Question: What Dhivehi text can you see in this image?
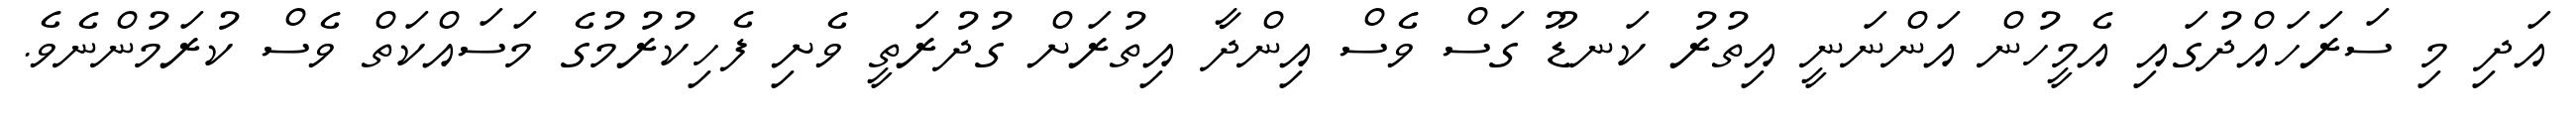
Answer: އަދި މި ސަރަހައްދުގައި އެމީހުން އަންނަނީ އިތުރު ކަނޑޫ ގަސް ވެސް އިންދާ އިތުރަށް ގުދުރަތީ ވެށި ފެހިކުރުމުގެ މަސައްކަތް ވެސް ކުރަމުންނެވެ.